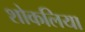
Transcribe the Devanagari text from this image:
शोकलिया